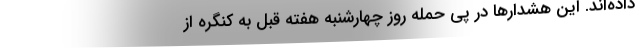
داده‌اند. این هشدارها در پی حمله روز چهارشنبه هفته قبل به کنگره از